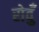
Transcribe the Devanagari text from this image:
रोवुँ